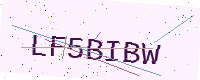
Text: LF5BIBW